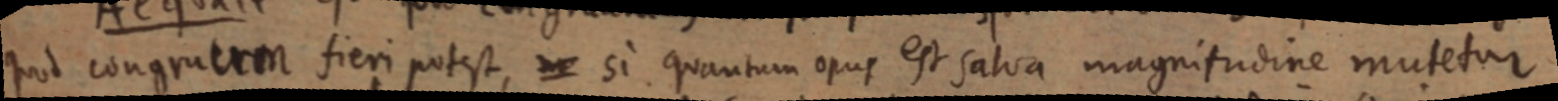
quod congruem fieri potest, ne si quantum opus est salva magnitudine mutetur